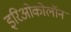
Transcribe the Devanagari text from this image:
इरिओकोलॉन